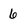
Character: 6